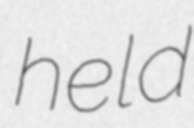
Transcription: held